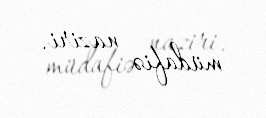
müdafiə naziri.